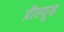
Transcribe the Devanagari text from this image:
प्रील्यूड